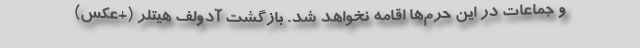
و جماعات در این حرم‌ها اقامه نخواهد شد. بازگشت آدولف هیتلر (+عکس)